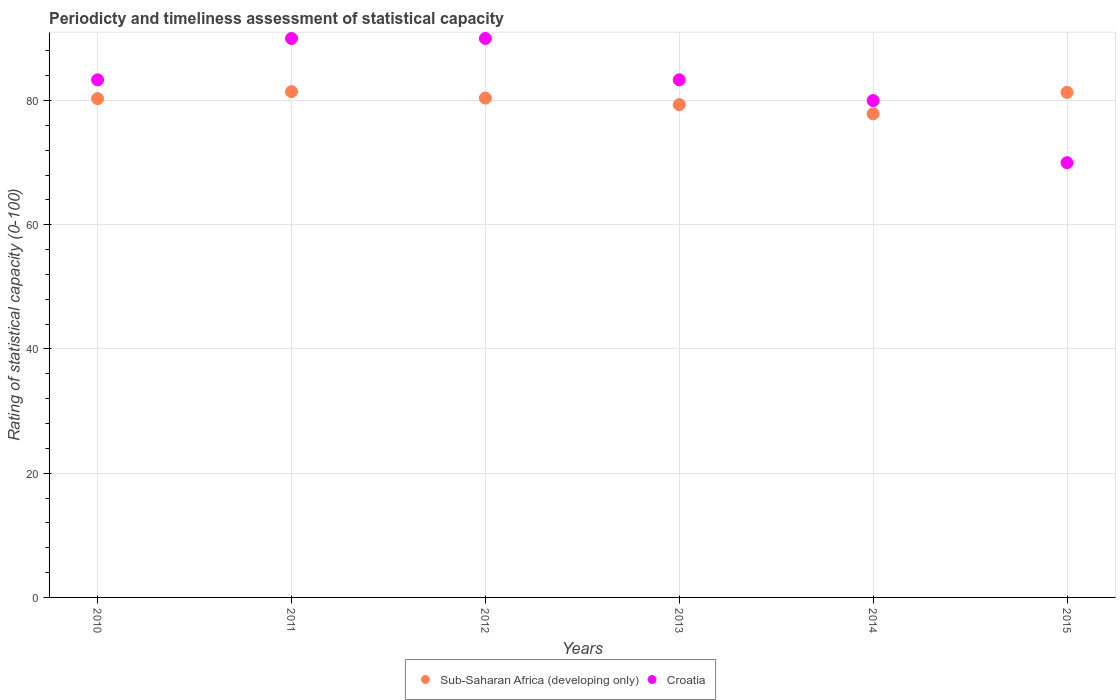
| Years | Sub-Saharan Africa (developing only) | Croatia |
 | --- | --- | --- |
 | 2010 | 80.3 | 83.3 |
 | 2011 | 81.4 | 90 |
 | 2012 | 80.4 | 90 |
 | 2013 | 79.3 | 83.3 |
 | 2014 | 77.9 | 80 |
 | 2015 | 81.3 | 70 |